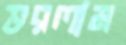
ভরলাম